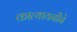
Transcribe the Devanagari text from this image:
कात्यायनीने